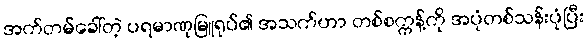
အက်တမ်ခေါ်တဲ့ ပရမာဏုမြူရုပ်၏ အသက်ဟာ တစ်စက္ကန့်ကို အပုံတစ်သန်းပုံပြီး